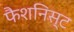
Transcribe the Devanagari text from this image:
फैशनिस्ट